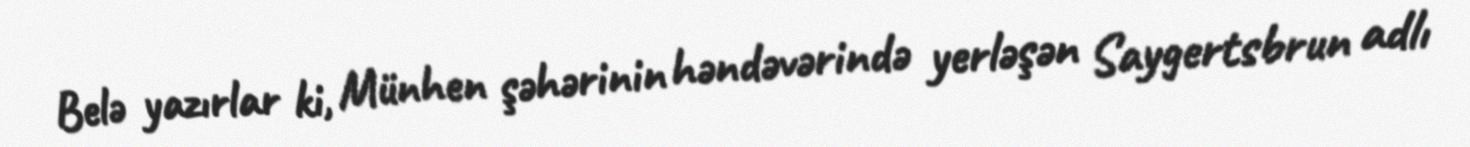
Belə yazırlar ki, Münhen şəhərinin həndəvərində yerləşən Saygertsbrun adlı